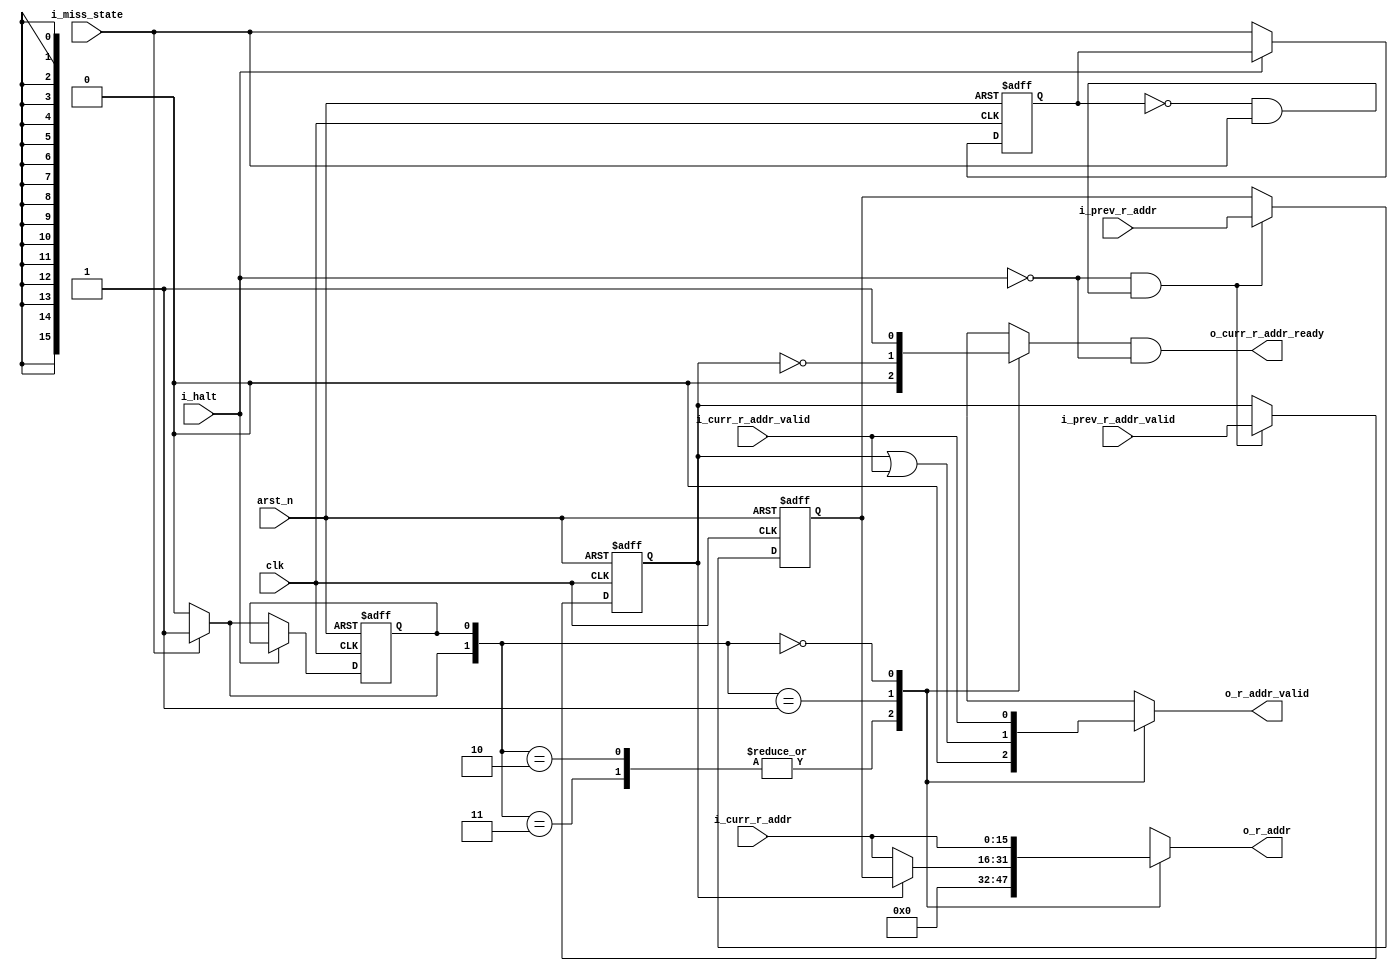
module ics1_restart(
    input   wire    [ADDR_WIDTH-1:0]        i_curr_r_addr,
    input   wire                            i_curr_r_addr_valid,

    input   wire    [ADDR_WIDTH-1:0]        i_prev_r_addr,
    input   wire                            i_prev_r_addr_valid,

    input   wire                            i_miss_state,

    input   wire                            clk,
    input   wire                            arst_n,
    input   wire                            i_halt,

    output  reg     [ADDR_WIDTH-1:0]        o_r_addr,
    output  reg                             o_r_addr_valid,

    output  reg                             o_curr_r_addr_ready
);

    localparam ADDR_WIDTH       = 16;

    localparam [0:0] STATE_IDLE       = 0;
    localparam [0:0] STATE_RESTARTING = 1;
    localparam NUM_STATES       = 2;

    reg w_curr_r_addr_ready;
    assign o_curr_r_addr_ready = w_curr_r_addr_ready & ~i_halt;

    reg [$clog2(NUM_STATES)-1:0]    r_state;
    reg [$clog2(NUM_STATES)-1:0]    w_state;

    always @(posedge clk, negedge arst_n) begin
        if(~arst_n) begin
            r_state <= STATE_IDLE;
        end
        else if(~i_halt) begin
            r_state <= w_state;
        end
    end

    reg    [ADDR_WIDTH-1:0]    r_prev_r_addr;
    reg                        r_prev_r_addr_valid;
    reg                        r_miss_state;

    always @(posedge clk, negedge arst_n) begin
        if(~arst_n) begin
            r_miss_state        <= 1'b0;
        end
        else if(~i_halt) begin
            r_miss_state        <= i_miss_state;
        end
    end

    always @(posedge clk, negedge arst_n) begin
        if(~arst_n) begin
            r_prev_r_addr       <= {ADDR_WIDTH{1'b0}};
            r_prev_r_addr_valid <= 1'b0;
        end
        else if(~i_halt & (~r_miss_state & i_miss_state)) begin
            r_prev_r_addr       <= i_prev_r_addr;
            r_prev_r_addr_valid <= i_prev_r_addr_valid;
        end
    end

    always @(*) begin
        case(r_state)
        STATE_IDLE  :   begin
            w_state = (i_miss_state) ? STATE_RESTARTING : STATE_IDLE;
        end
        STATE_RESTARTING : begin
            w_state = ~i_miss_state ? STATE_IDLE : STATE_RESTARTING;
        end 
        default : begin
            w_state = STATE_IDLE;
        end
        endcase
    end

    always @(*) begin
        case({w_state, r_state})
        {STATE_RESTARTING, STATE_IDLE},   
        {STATE_RESTARTING, STATE_RESTARTING}   :   begin
            o_r_addr = {ADDR_WIDTH{1'h0}};
            o_r_addr_valid = 1'b0;
            
            w_curr_r_addr_ready = 1'b0;
        end

        {STATE_IDLE, STATE_RESTARTING}  :   begin
            o_r_addr = r_prev_r_addr_valid ? r_prev_r_addr : i_curr_r_addr;
            o_r_addr_valid = r_prev_r_addr_valid | i_curr_r_addr_valid;
            
            w_curr_r_addr_ready = ~r_prev_r_addr_valid;
        end

        {STATE_IDLE, STATE_IDLE}  :   begin
            o_r_addr = i_curr_r_addr;
            o_r_addr_valid = i_curr_r_addr_valid;

            w_curr_r_addr_ready = 1'b1;
        end

        default : begin
            o_r_addr = {ADDR_WIDTH{1'h0}};
            o_r_addr_valid = 1'b0;

            w_curr_r_addr_ready = 1'b0;
        end

        endcase
    end

endmodule